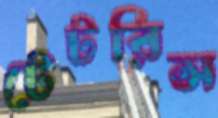
টেটরিস